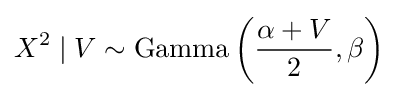
X^{2}\mid V\sim \operatorname {Gamma} \left({\frac {\alpha +V}{2}},\beta \right)